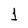
Character: 1